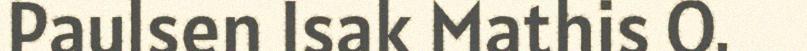
Paulsen Isak Mathis O.